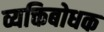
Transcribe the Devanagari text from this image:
व्यक्तिबोधक